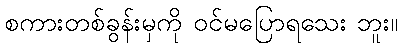
စကားတစ်ခွန်းမှကို ဝင်မပြောရသေး ဘူး။